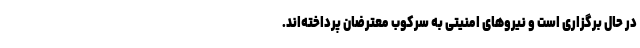
در حال برگزاری است و نیروهای امنیتی به سرکوب معترضان پرداخته‌اند.